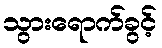
သွားရောက်ခွင့်